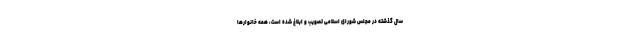
سال گذشته در مجلس شورای اسلامی تصویب و ابلاغ شده است، همه خانوارها